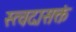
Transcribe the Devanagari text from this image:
स्त्वदासक्तं